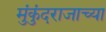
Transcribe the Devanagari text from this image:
मुंकुंदराजाच्या